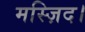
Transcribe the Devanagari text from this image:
मस्ज़िद।